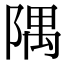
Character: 隅